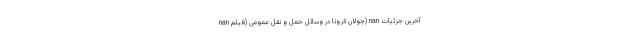
nan جولان کرونا در وسائل حمل و نقل عمومی (فیلم) nan آخرین جزئیات